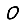
Digit: 0